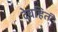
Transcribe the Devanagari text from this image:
देवहितं